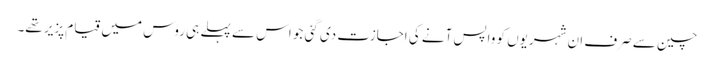
چین سے صرف ان شہریوں کو واپس آنے کی اجازت دی گئی جو اس سے پہلے ہی روس میں قیام پزیر تھے۔